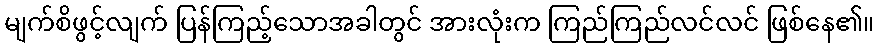
မျက်စိဖွင့်လျက် ပြန်ကြည့်သောအခါတွင် အားလုံးက ကြည်ကြည်လင်လင် ဖြစ်နေ၏။